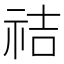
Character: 祮